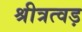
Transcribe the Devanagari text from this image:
श्रीत्रत्वड़